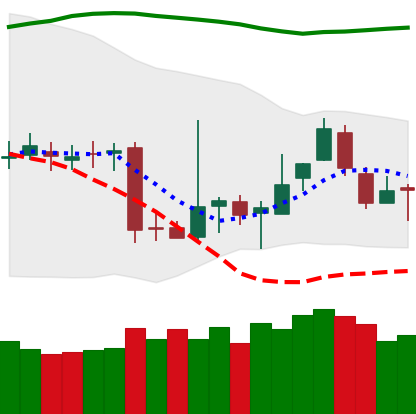
Ticker: BTC-USD
Chart end date: 2018-11-11
Forward return: -13.035%
Label: down_7plus